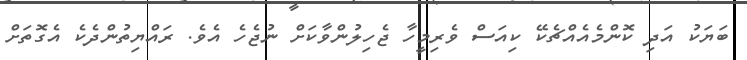
ބަޔަކު އަދި ކޮންމެއެއްޗެކޭ ކިއަސް ވެރިމީހާ ޖެހިލުންވާކަށް ނުޖެހެ އެވެ. ރައްޔިތުންދެކެ އެގޮތަށް